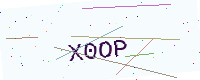
Text: X0OP